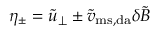
\eta _ { \pm } = \widetilde u _ { \perp } \pm \widetilde v _ { \mathrm { m s , d a } } \delta \widetilde B